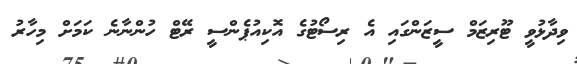
ވިދާޅުވީ ޓޫރިޒަމް ސީޒަންގައި އެ ރިސޯޓުގެ އޮކިއުޕެންސީ ރޭޓް ހުންނާނެ ކަމަށް މިހާރު